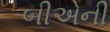
બીએની